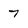
Character: 7